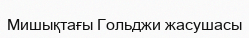
Мишықтағы Гольджи жасушасы